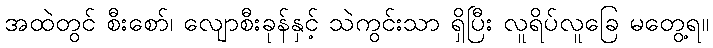
အထဲတွင် စီးစော်၊ လျောစီးခုန်နှင့် သဲကွင်းသာ ရှိပြီး လူရိပ်လူခြေ မတွေ့ရ။